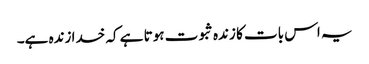
یہ اس بات کا زندہ ثبوت ہوتا ہے کہ خدا زندہ ہے۔